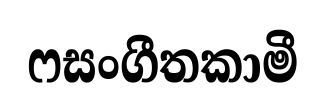
ෆසංගීතකාමී